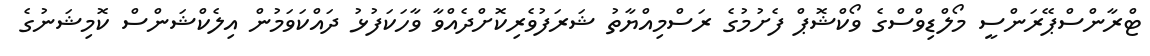
ޓްރާންސްޕޭރަންސީ މޯލްޑިވްސްގެ ވޯކްޝޮޕް ފެށުމުގެ ރަސްމިއްޔާތު ޝަރަފުވެރިކޮށްދެއްވާ ވާހަކަފުޅު ދައްކަވަމުން އިލެކްޝަންސް ކޮމިޝަނުގެ